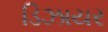
ડિઝાયર